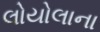
લોયોલાના